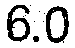
6.0